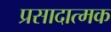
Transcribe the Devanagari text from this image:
प्रसादात्मक